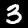
Label: 3